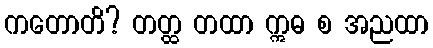
ကတောတိ? တတ္ထ တထာ ဣဓ စ အညထာ